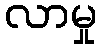
လာမှု